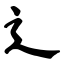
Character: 辶